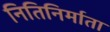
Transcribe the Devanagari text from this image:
नितिनिर्माता